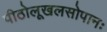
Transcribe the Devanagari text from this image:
पीठोलूखलसोपानः